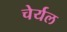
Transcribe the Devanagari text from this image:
चेर्यल